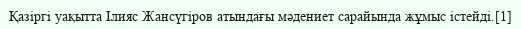
Қазіргі уақытта Ілияс Жансүгіров атындағы мәдениет сарайында жұмыс істейді.[1]